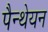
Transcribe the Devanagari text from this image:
पैन्थेयन